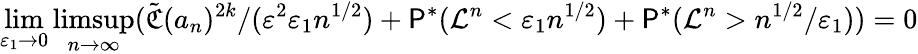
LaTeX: \operatorname*{lim}_{\varepsilon_{1}\to 0}\operatorname*{limsup}_{n\to\infty}(\tilde{\mathfrak{C}}(a_{n})^{2k}/(\varepsilon^{2}\varepsilon_{1}n^{1/2})+\P^{*}(\mathcal{L}^{n}<\varepsilon_{1}n^{1/2})+\P^{*}(\mathcal{L}^{n}>n^{1/2}/\varepsilon_{1}))=0